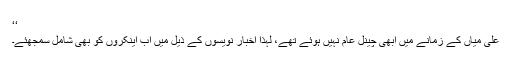
‘‘
علی میاں کے زمانے میں ابھی چینل عام نہیں ہوئے تھے، لہٰذا اخبار نویسوں کے ذیل میں اب اینکروں کو بھی شامل سمجھئے۔